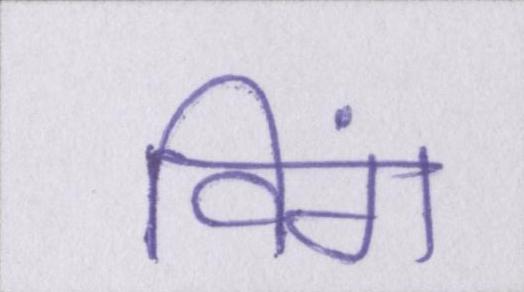
विंग